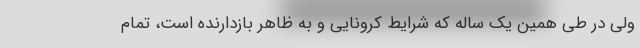
ولی در طی همین یک ساله که شرایط کرونایی و به ظاهر بازدارنده است، تمام